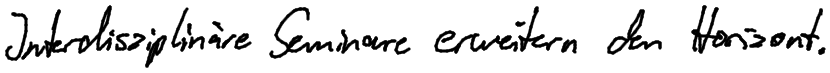
Interdisziplinäre Seminare erweitern den Horizont.